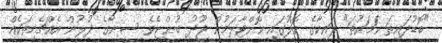
"ބޮޑުދައިތަ ކަމަކުތަ" ރައިކާގެ ކޮލުގައި ކޮށްޓާލަމުން ޖޫދު ބުންޏެވެ. ސީނާގެ ދުލުން އެއްޗެހިތަކެއް